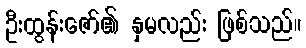
ဦးထွန်းဇော်၏ နှမလည်း ဖြစ်သည်။